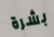
بشرة